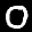
Label: 0